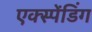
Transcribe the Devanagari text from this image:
एक्स्पेंडिंग